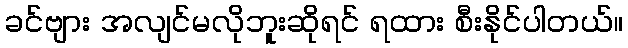
ခင်ဗျား အလျင်မလိုဘူးဆိုရင် ရထား စီးနိုင်ပါတယ်။